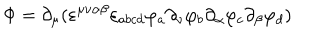
\Phi = \partial _ { \mu } ( \varepsilon ^ { \mu \nu \alpha \beta } \varepsilon _ { a b c d } \varphi _ { a } \partial _ { \nu } \varphi _ { b } \partial _ { \alpha } \varphi _ { c } \partial _ { \beta } \varphi _ { d } )